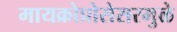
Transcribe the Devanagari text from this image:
मायक्रोप्रोसेसरमुळे